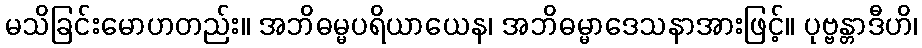
မသိခြင်းမောဟတည်း။ အဘိဓမ္မပရိယာယေန၊ အဘိဓမ္မာဒေသနာအားဖြင့်။ ပုဗ္ဗန္တာဒီဟိ၊